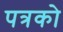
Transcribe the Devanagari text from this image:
पत्रको